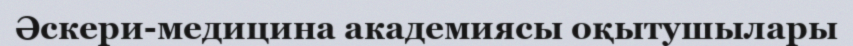
Әскери-медицина академиясы оқытушылары